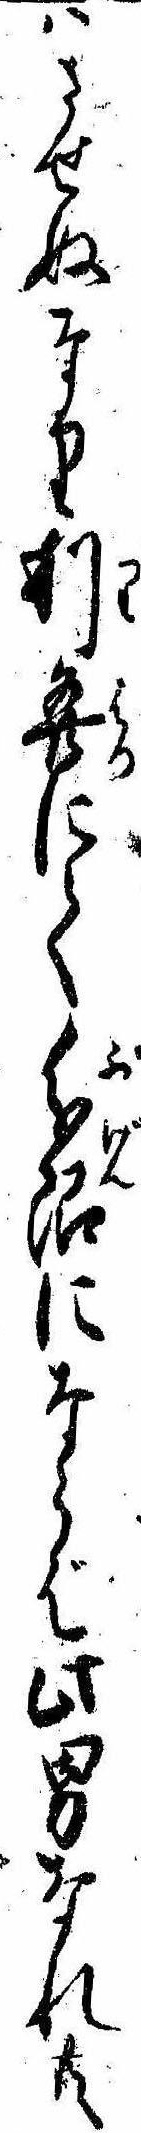
はさせぬなり利発にて分限にならば此男なれ共